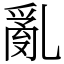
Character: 亂